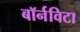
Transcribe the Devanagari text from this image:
बॉर्नविटा